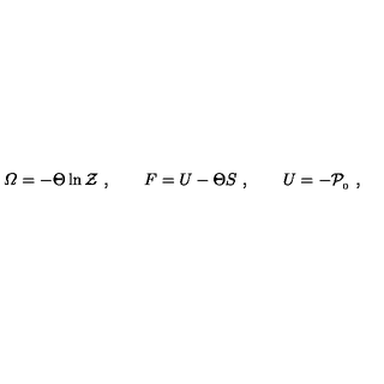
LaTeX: { \mit \Omega } = - \Theta \ln { \cal Z } \ , \qquad F = U - \Theta S \ , \qquad U = - { \cal P } _ { _ 0 } \ ,